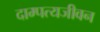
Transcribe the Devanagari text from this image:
दाम्पत्यजीवन